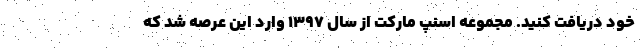
خود دریافت کنید. مجموعه اسنپ مارکت از سال 1397 وارد این عرصه شد که